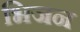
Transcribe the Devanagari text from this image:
भिजन